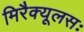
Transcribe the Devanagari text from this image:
मिरैक्यूलसः